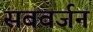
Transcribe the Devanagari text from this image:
सबवर्जन